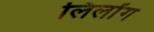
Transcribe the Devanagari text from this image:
लिलोंग